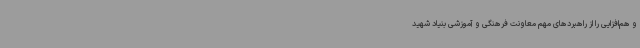
و هم‌افزایی را از راهبردهای مهم معاونت فرهنگی و آموزشی بنیاد شهید